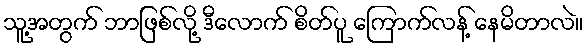
သူ့အတွက် ဘာဖြစ်လို့ ဒီလောက် စိတ်ပူ ကြောက်လန့် နေမိတာလဲ။